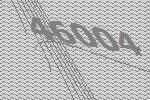
46004